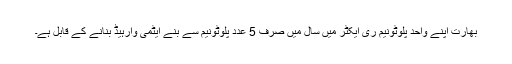
بھارت اپنے واحد پلوٹونیم ری ایکٹر میں سال میں صرف 5 عدد پلوٹونیم سے بنے ایٹمی وارہیڈ بنانے کے قابل ہے۔